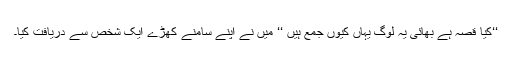
‘‘کیا قصہ ہے بھائی یہ لوگ یہاں کیوں جمع ہیں ‘‘ میں نے اپنے سامنے کھڑے ایک شخص سے دریافت کیا۔